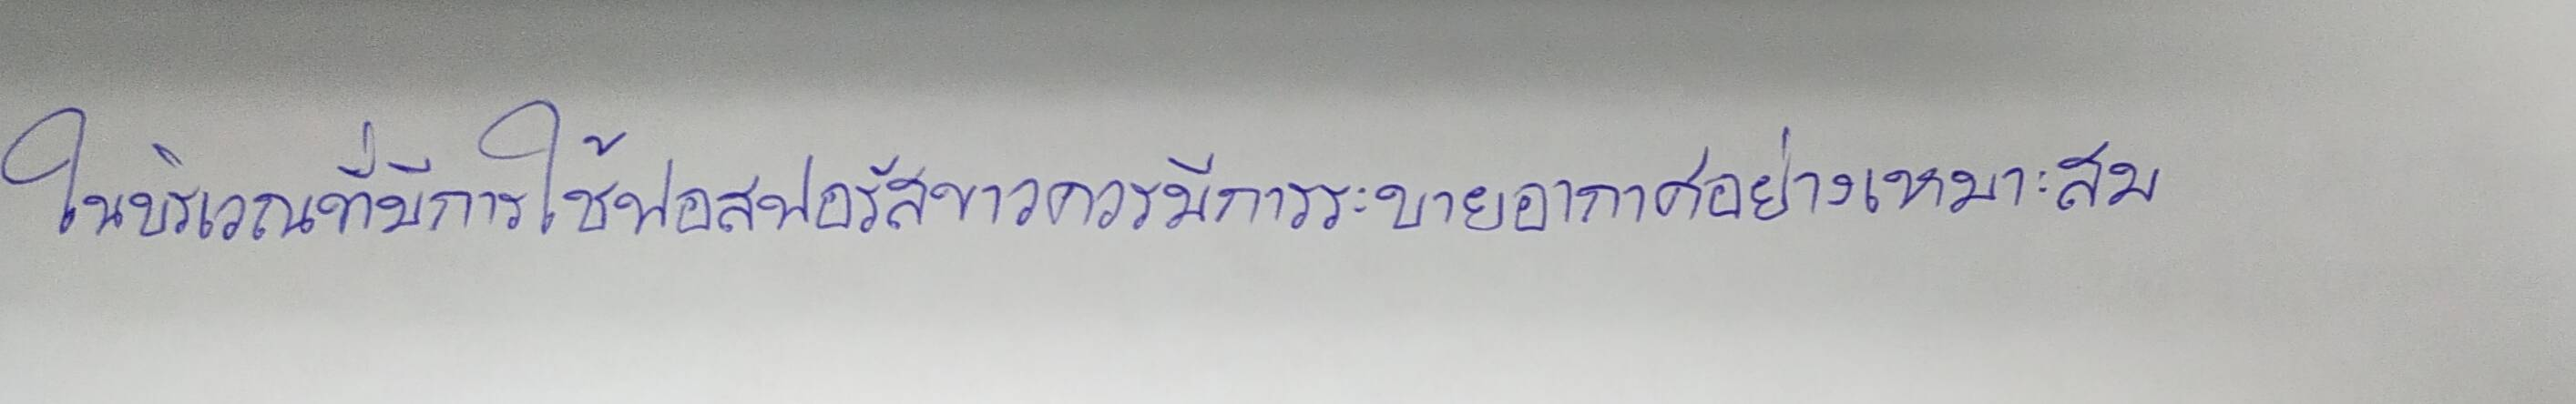
ในบริเวณที่มีการใช้ฟอสฟอรัสขาวควรมีการระบายอากาศอย่างเหมาะสม